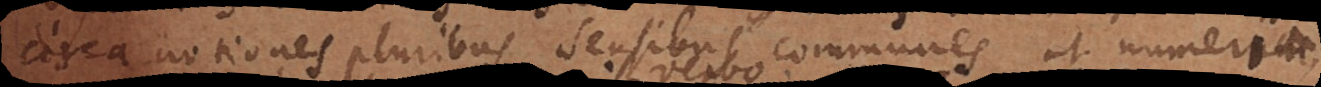
circa notiones pluribus sensibus communes, ut numerum,